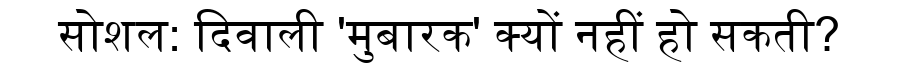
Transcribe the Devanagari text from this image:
सोशल: दिवाली 'मुबारक' क्यों नहीं हो सकती?